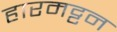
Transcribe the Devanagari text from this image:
हारमट्टन